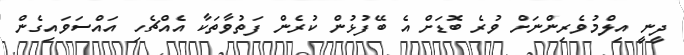
ދީނީ އިލްމުވެރިންނަށް ވުރެ ބޮޑަށް އެ ބޭފުޅުން ކުރެން ފަތުވާތަކާ އެއްޗެހި އައްސަވައިގެން